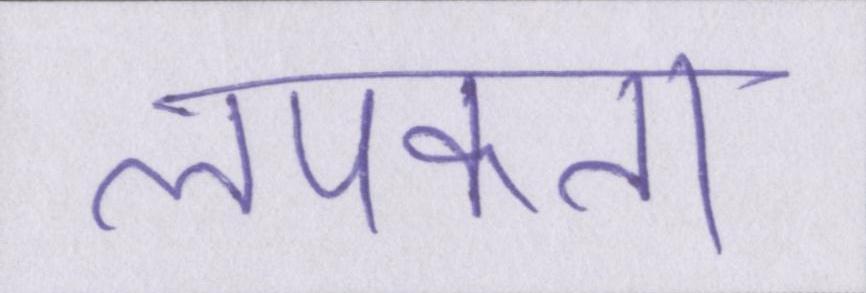
लपकता